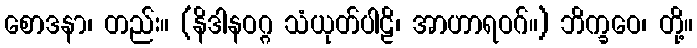
စောဒနာ၊ တည်း။ (နိဒါနဝဂ္ဂ သံယုတ်ပါဠိ၊ အာဟာရဝဂ်။) ဘိက္ခဝေ၊ တို့။